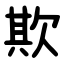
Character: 欺